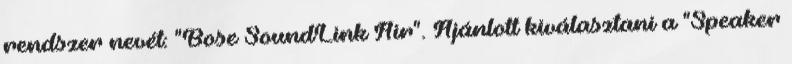
rendszer nevét: "Bose SoundLink Air". Ajánlott kiválasztani a "Speaker